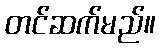
တင်ဆက်မည်။